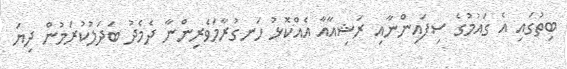
ބިތުގައި އެ ގައުމުގެ ސިފައިންނާއި ރަޝިއާއާ އެއްކޮޅު ހަނގުރާމަވެރިންނާ ދެމެދު ބަދަލުކުރަމުން ދިޔަ